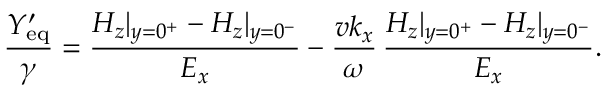
\frac { Y _ { \mathrm { e q } } ^ { \prime } } { \gamma } = \frac { H _ { z } | _ { y = 0 ^ { + } } - H _ { z } | _ { y = 0 ^ { - } } } { E _ { x } } - \frac { v k _ { x } } { \omega } \, \frac { H _ { z } | _ { y = 0 ^ { + } } - H _ { z } | _ { y = 0 ^ { - } } } { E _ { x } } .